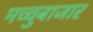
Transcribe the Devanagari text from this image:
मच्चुबाजार